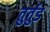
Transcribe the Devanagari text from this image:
तुर्तुड